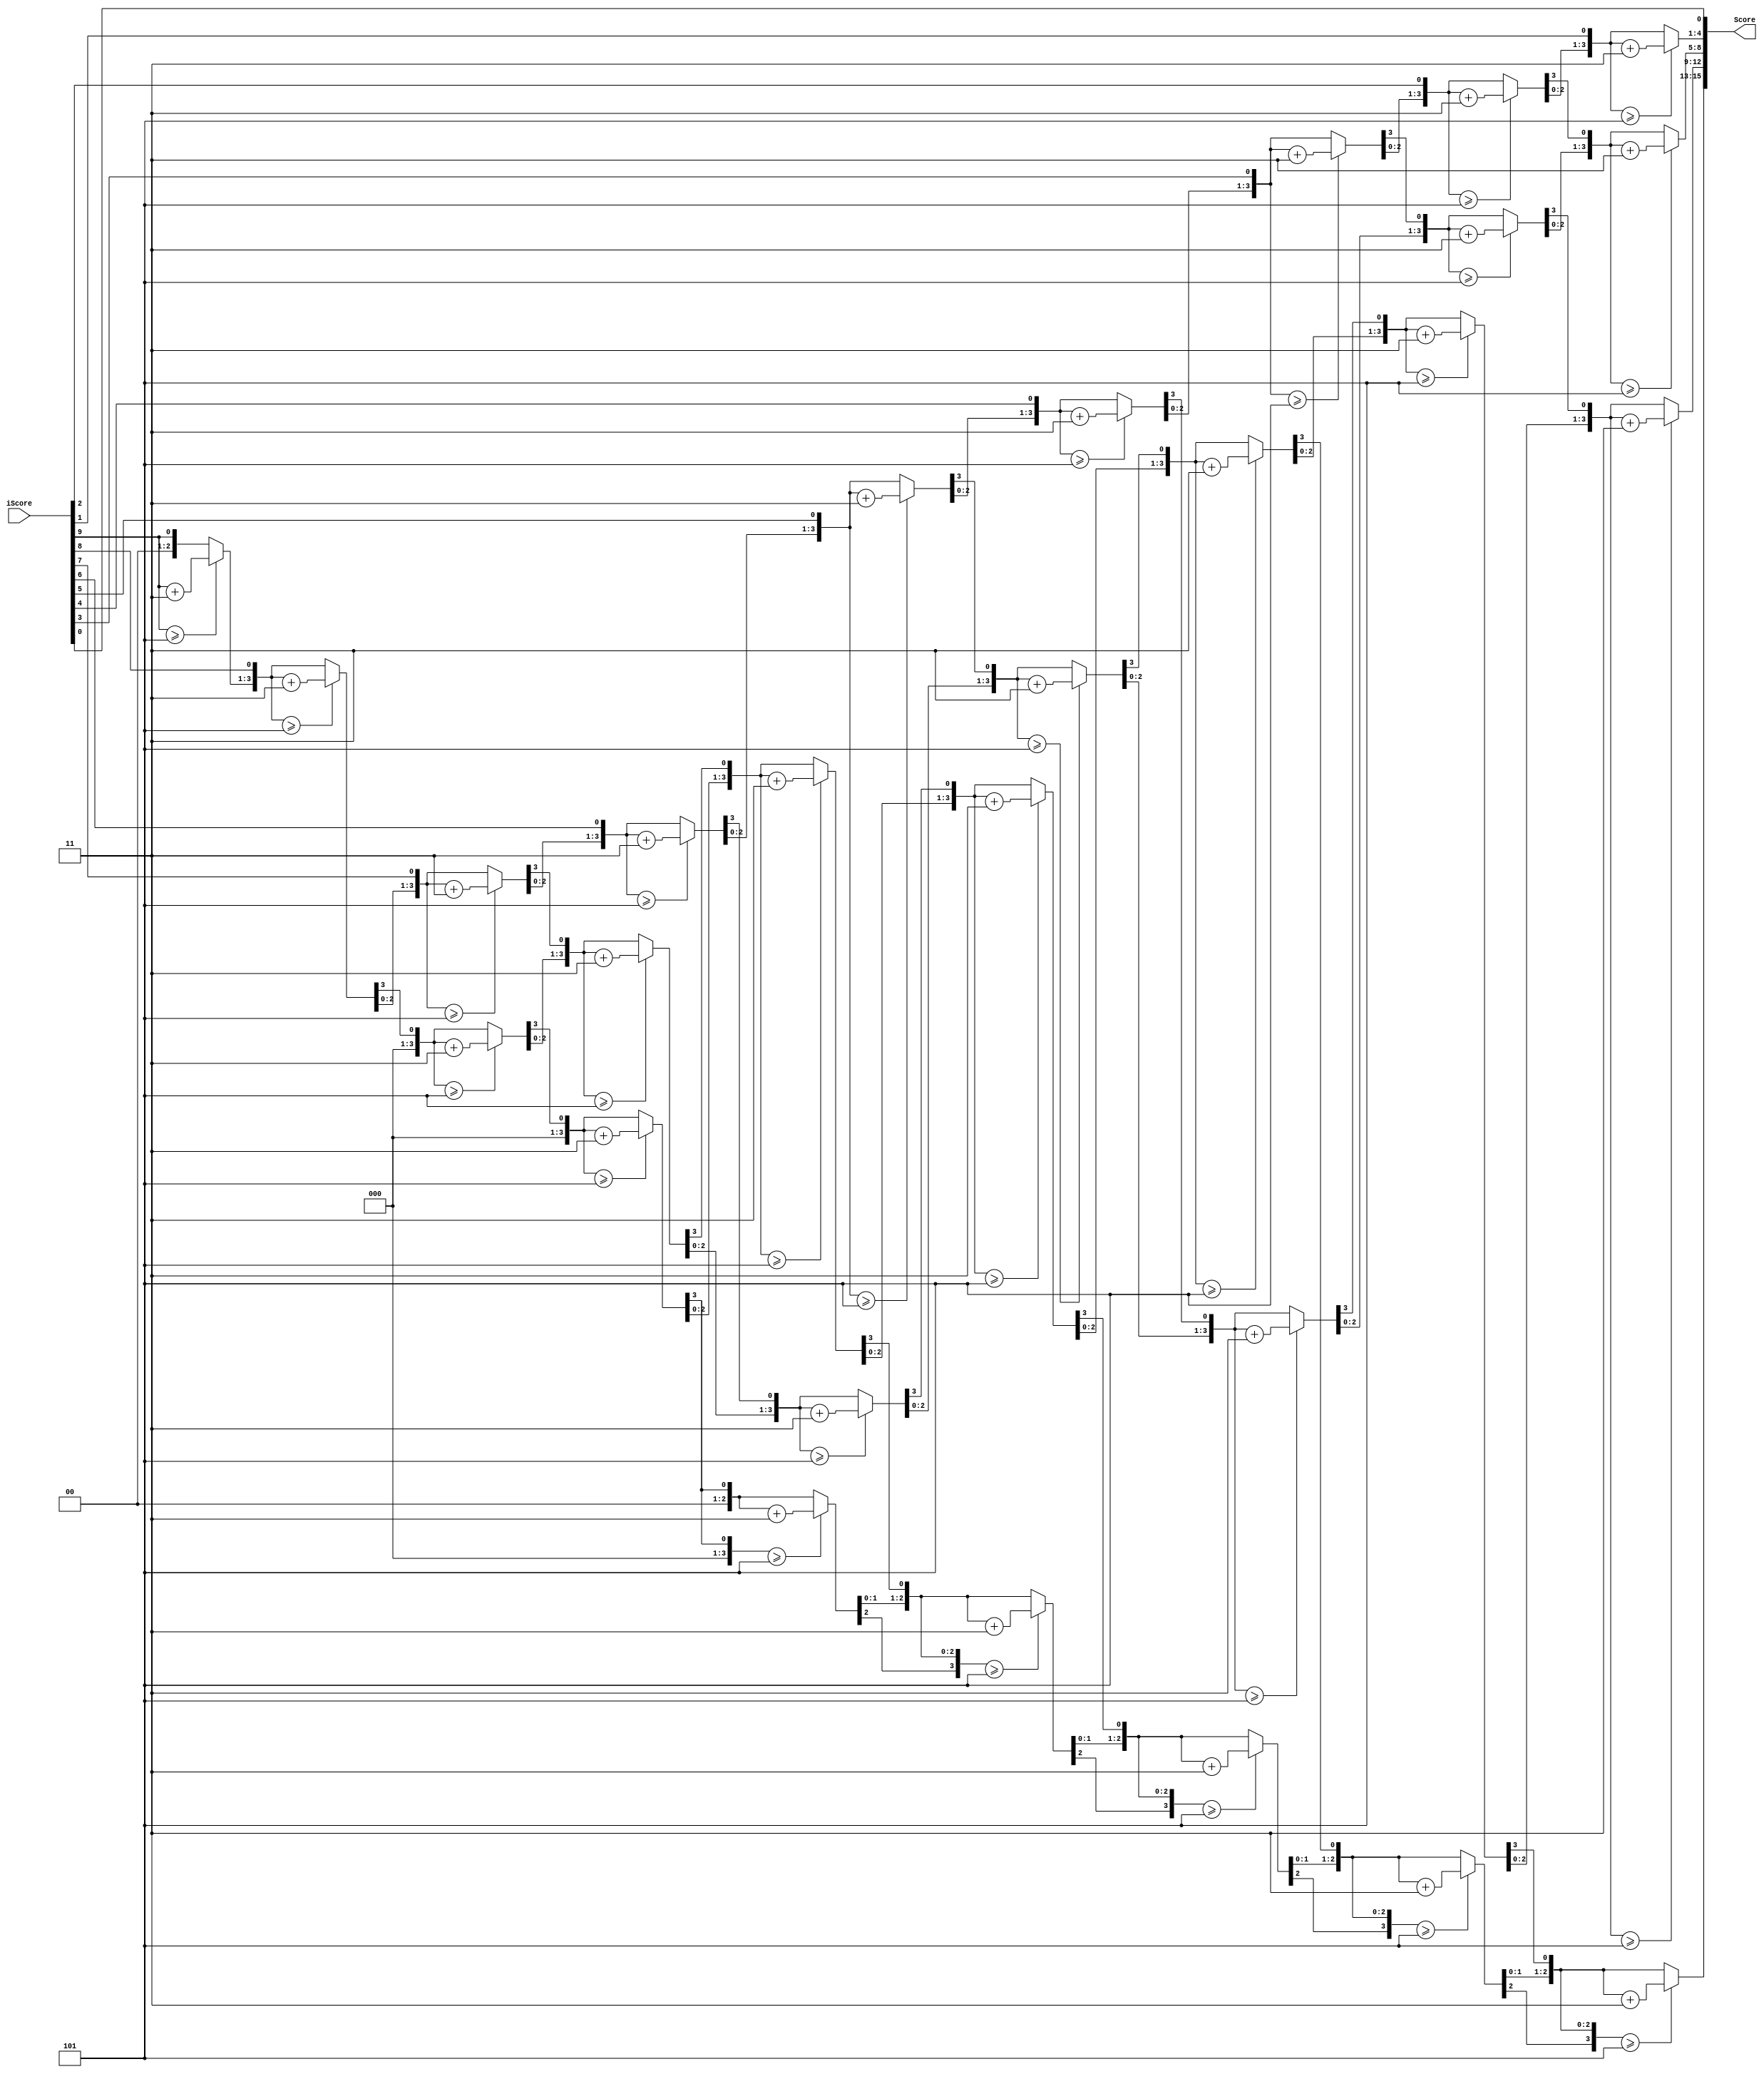
module BCD(
			Score,
			iScore
		);

input 	[9:0]		iScore;
output 	[15:0]	Score;

reg [3:0]	Thousands, Hundreds, Tens, Ones;
integer i;


assign Score = {Thousands, Hundreds, Tens, Ones};

always @(iScore) begin
	Thousands	= 4'd0;
	Hundreds 	= 4'd0;
	Tens			= 4'd0;
	Ones	 		= 4'd0;	
	
	for(i=9; i>=0; i=i-1) begin
	// Add 3 to columns > 5
		if(Thousands >= 5)
			Thousands = Thousands + 3;
		if(Hundreds >= 5)
			Hundreds = Hundreds + 3;
		if(Tens >= 5)
			Tens = Tens + 3;
		if(Ones >= 5)
			Ones = Ones + 3;
			
		// Shift Left by 1
		Thousands 		= Thousands << 1;
		Thousands[0] 	= Hundreds[3];
		Hundreds 		= Hundreds << 1;
		Hundreds[0] 	= Tens[3];
		Tens 				= Tens << 1;
		Tens[0] 			= Ones[3];
		Ones 				= Ones << 1;
		Ones[0]	 		= iScore[i];
	end
end

endmodule